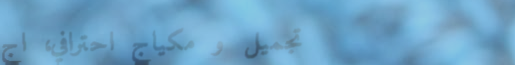
تجميل و مكياج احترافي، اج